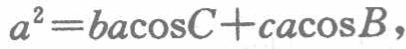
\(a^{2}=ba\cos C + ca\cos B\)